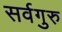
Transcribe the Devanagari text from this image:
सर्वगुरु